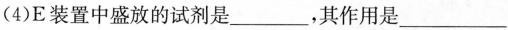
(4)E装置中盛放的试剂是__，其作用是___